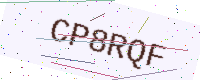
Text: CP8RQF